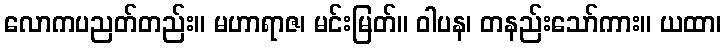
လောကပညတ်တည်း။ မဟာရာဇ၊ မင်းမြတ်။ ဝါပန၊ တနည်းသော်ကား။ ယထာ၊